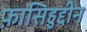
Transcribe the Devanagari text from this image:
फ़ासिहुद्दीन